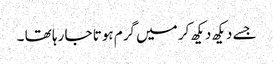
جسے دیکھ دیکھ کر میں گرم ہوتا جا رہا تھا ۔